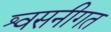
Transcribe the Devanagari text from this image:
श्वसनीगत